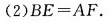
(2)$$B E = A F$$。